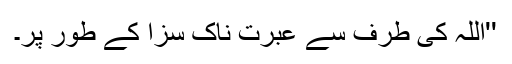
''اللہ کی طرف سے عبرت ناک سزا کے طور پر۔